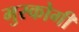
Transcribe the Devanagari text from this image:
मुस्कोगी